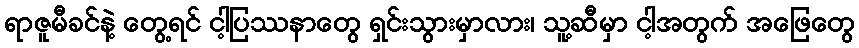
ရာဇူမီခင်နဲ့ တွေ့ရင် ငါ့ပြဿနာတွေ ရှင်းသွားမှာလား၊ သူ့ဆီမှာ ငါ့အတွက် အဖြေတွေ